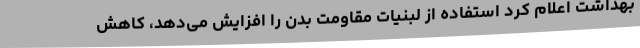
بهداشت اعلام کرد استفاده از لبنیات مقاومت بدن را افزایش می‌دهد، کاهش